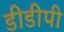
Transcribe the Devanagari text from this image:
डीडीपी